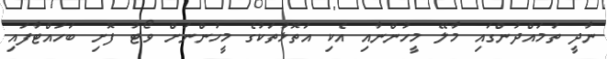
ނާދީ ތަމައްދުންގައި މާލޭ މީހުންނާއި އެކި އަތޮޅުތަކުގެ މީހުންނަށް ވޯޓު ފޮށި ބަހައްޓާފައި